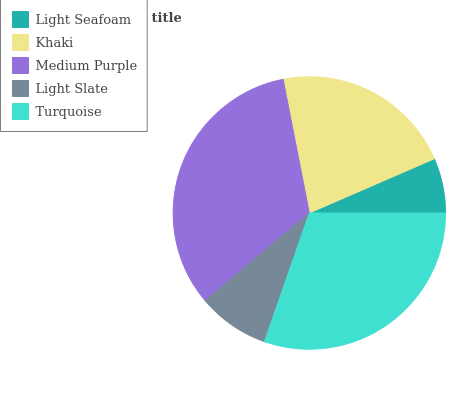
| Light Seafoam | Khaki | Medium Purple | Light Slate | Turquoise |
 | --- | --- | --- | --- | --- |
 | 6.51% | 21.5% | 33.1% | 8.54% | 30.4% |